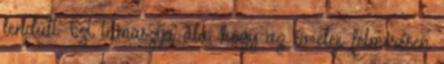
lendült. Ezt támasztja alá, hogy az év eleji felmérésen